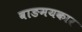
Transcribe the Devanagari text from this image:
वाङमयकार